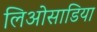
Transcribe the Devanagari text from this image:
लिओसाडिया